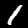
Label: 1